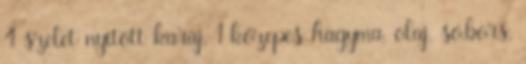
4 szelet nyitott karaj, 1 közepes hagyma, olaj, só,bors,